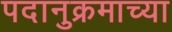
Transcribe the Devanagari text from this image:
पदानुक्रमाच्या